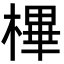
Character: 㮿